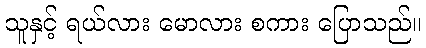
သူနှင့် ရယ်လား မောလား စကား ပြောသည်။